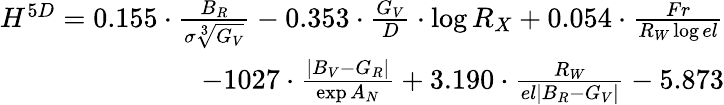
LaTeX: \begin{array}{r}{{H^{5D}=0.155\cdot\frac{B_{R}}{\sigma\sqrt[3]{G_{V}}}-0.353\cdot\frac{G_{V}}{D}\cdot\log{R_{X}}+0.054\cdot\frac{Fr}{R_{W}\log{el}}}}\\ {{-1027\cdot\frac{|B_{V}-G_{R}|}{\exp{A_{N}}}+3.190\cdot\frac{R_{W}}{el|B_{R}-G_{V}|}-5.873}}\end{array}